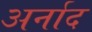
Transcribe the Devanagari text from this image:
अर्नाद